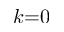
k { = } 0